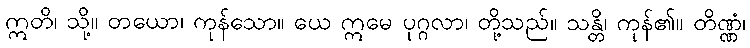
ဣတိ၊ သို့။ တယော၊ ကုန်သော။ ယေ ဣမေ ပုဂ္ဂလာ၊ တို့သည်။ သန္တိ၊ ကုန်၏။ တိဏ္ဏံ၊